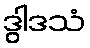
ဒွါဒသံ